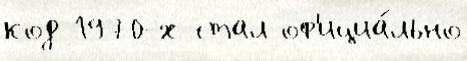
код 1970-х стал оф'ициа́льно